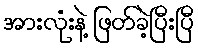
အားလုံးနဲ့ ဖြတ်ခဲ့ပြီးပြီ